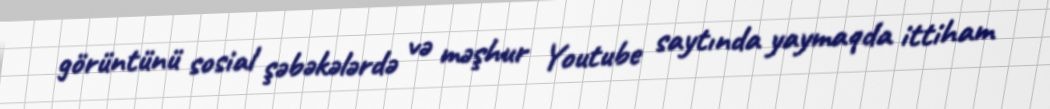
görüntünü sosial şəbəkələrdə və məşhur Youtube saytında yaymaqda ittiham